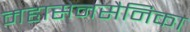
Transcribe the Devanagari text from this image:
महासेनसैनिका